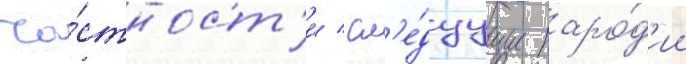
ча́стност'и / сл'е́дуущие паро́д'ии